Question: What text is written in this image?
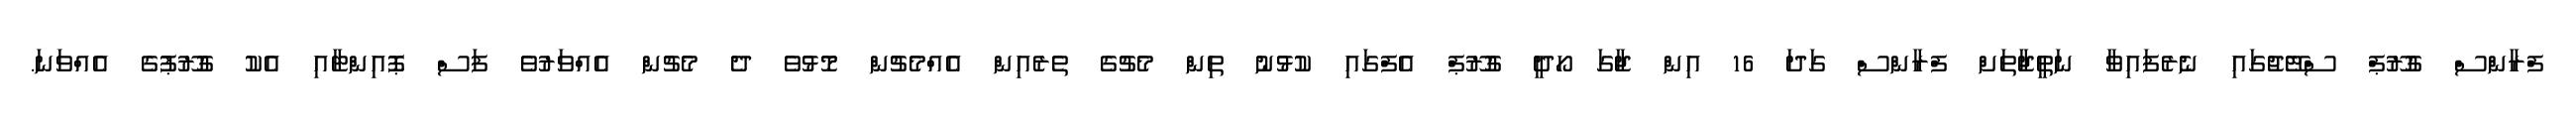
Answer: ފްރާންސް ގުރޫޕް ސްޓޭޖުގައި ނެރެފައިވާ ނަތީޖާތަށް ފްރާންސް ގަދަ 16 އިން ޖާގަ ހޯދީ ގުރޫޕް އެފްގައި ކުޅުނު ތިން މެޗުގެ ތެރެއިން އެއްމެޗުން މޮޅުވެ ދެ މެޗުން އެއްވަރުވެ ފަސް ޕޮއިންޓާއި އެކު ގުރޫޕުގެ އެއްވަނަ.